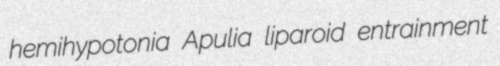
hemihypotonia Apulia liparoid entrainment